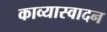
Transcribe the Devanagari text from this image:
काव्यास्वादन